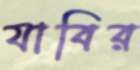
যাবির